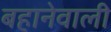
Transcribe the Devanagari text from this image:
बहानेवाली